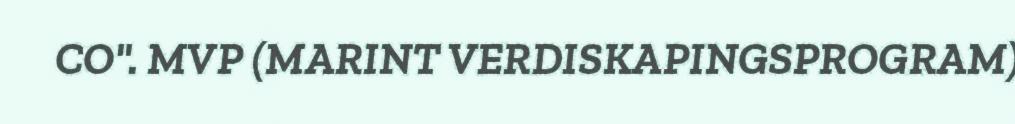
CO". MVP (MARINT VERDISKAPINGSPROGRAM)